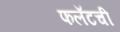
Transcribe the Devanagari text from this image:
फलॅटची